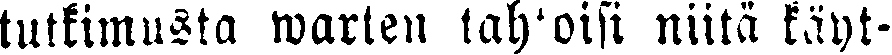
tutkimusta warten tahtoisi niitä käyt-